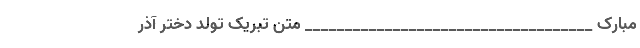
مبارک ____________________________________ متن تبریک تولد دختر آذر